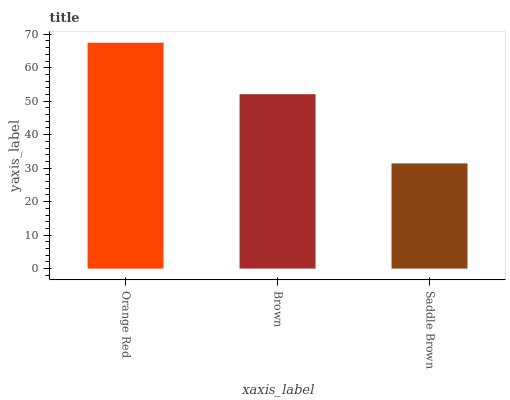
| xaxis_label | bars |
 | --- | --- |
 | Orange Red | 67.4 |
 | Brown | 52.1 |
 | Saddle Brown | 31.4 |